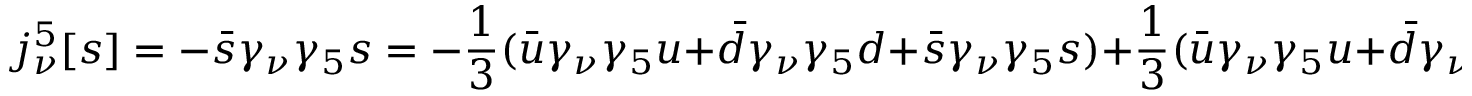
j _ { \nu } ^ { 5 } [ s ] = - \bar { s } \gamma _ { \nu } \gamma _ { 5 } s = - \frac { 1 } { 3 } ( \bar { u } \gamma _ { \nu } \gamma _ { 5 } u + \bar { d } \gamma _ { \nu } \gamma _ { 5 } d + \bar { s } \gamma _ { \nu } \gamma _ { 5 } s ) + \frac { 1 } { 3 } ( \bar { u } \gamma _ { \nu } \gamma _ { 5 } u + \bar { d } \gamma _ { \nu } \gamma _ { 5 } d - 2 \bar { s } \gamma _ { \nu } \gamma _ { 5 } s ) \, .